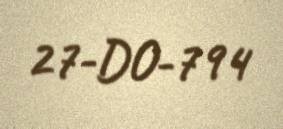
27-DO-794